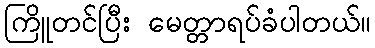
ကြိူတင်ပြီး မေတ္တာရပ်ခံပါတယ်။